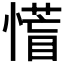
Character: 𭞰